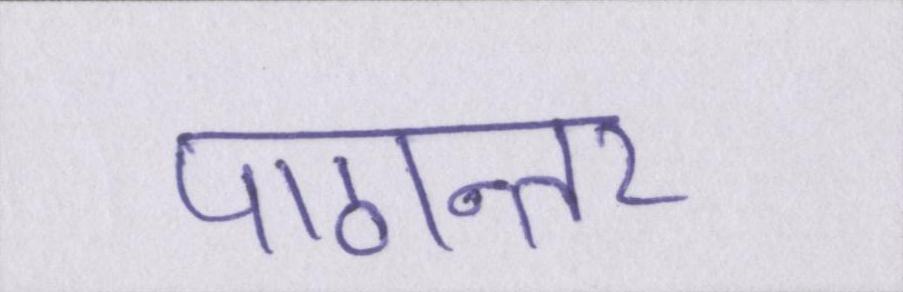
पाठान्तर